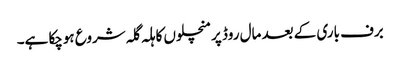
برف باری کے بعد مال روڈ پرمنچلوں کا ہلہ گلہ شروع ہوچکا ہے۔